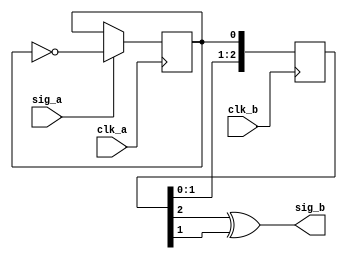
module toggle_sync
#(
    parameter re_edge = 1,
    parameter sync_size = 3
)
(
    input clk_a,
    input sig_a,
    input clk_b,
    output sig_b
);

    wire fast_event;
    reg q = 0;

  reg  [sync_size-1:0]capture_reg = 0;

   
     assign fast_event = (sig_a == 1'b1) ? ~q : q;
  assign sig_b = capture_reg[sync_size-1] ^ capture_reg[sync_size-2];

    
  always @(posedge clk_a) begin
        if (re_edge == 1'b1) begin
                q <= fast_event;
        end
    end

    always @(posedge clk_b) begin
        if (re_edge == 1'b1) begin
                capture_reg <= {capture_reg[sync_size-2:0], q};
        end
    end
endmodule